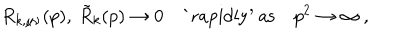
R _ { k , \mu \nu } ( p ) , \: \tilde { R } _ { k } ( p ) \to 0 \quad \mathrm { ` r a p i d l y ^ { \prime } ~ a s } \quad p ^ { 2 } \to \infty \: ,